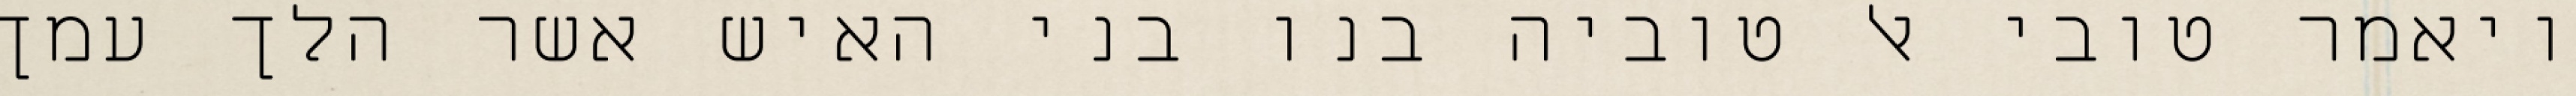
ויאמר טובי אל טוביה בנו בני האיש אשר הלך עמך